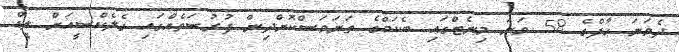
ދެވަނަ ހާފްގެ 58 ވަނަ މިނެޓްގައި ބެކަމްގެ ތަނަވަސްކޮށްދިން ފުރުސަތެއްގައި ގެލެކްސީއަށް ލީޑް